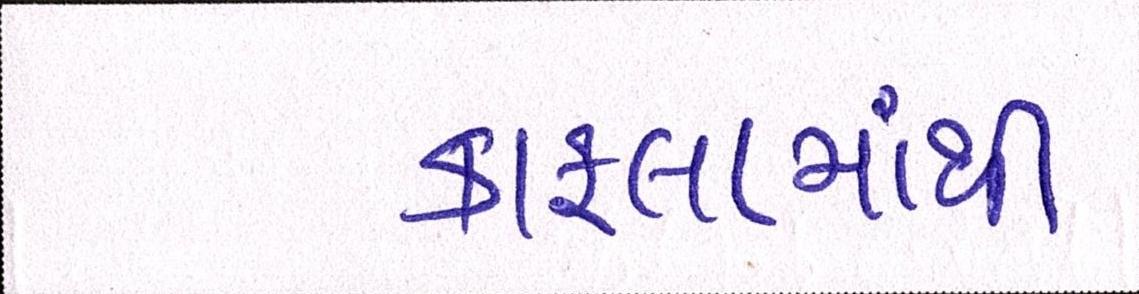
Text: કાફલામાંથી